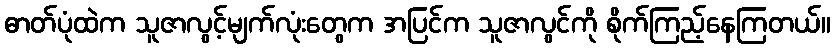
ဓာတ်ပုံထဲက သူဇာလွင့်မျက်လုံးတွေက အပြင်က သူဇာလွင်ကို စိုက်ကြည့်နေကြတယ်။